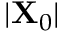
\vert \mathbf { X } _ { 0 } \vert